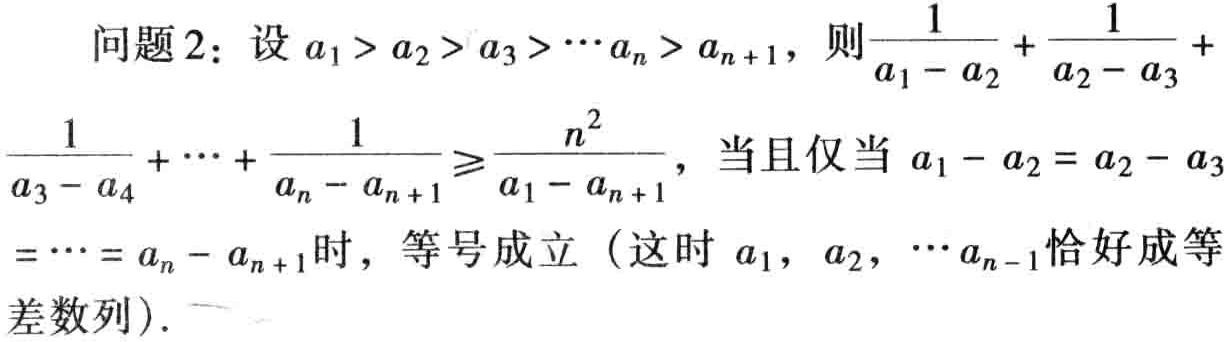
问题 2：设 \(a_1 > a_2 > a_3 > \cdots a_n > a_{n + 1}\)，则\(\frac{1}{a_1 - a_2} + \frac{1}{a_2 - a_3}+\frac{1}{a_3 - a_4} + \cdots + \frac{1}{a_n - a_{n + 1}}\geqslant\frac{n^2}{a_1 - a_{n + 1}}\)，当且仅当 \(a_1 - a_2 = a_2 - a_3=\cdots = a_n - a_{n + 1}\)时，等号成立（这时 \(a_1\)，\(a_2\)，\(\cdots a_{n - 1}\)恰好成等差数列）.